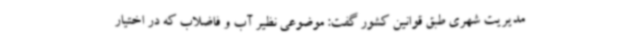
مدیریت شهری طبق قوانین کشور گفت: موضوعی نظیر آب و فاضلاب که در اختیار